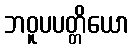
ဘဝူပပတ္တိယော